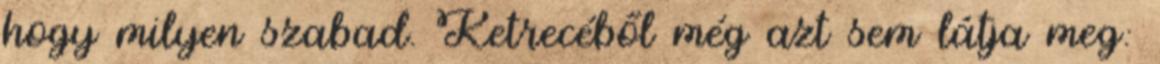
hogy milyen szabad. Ketrecéből még azt sem látja meg: